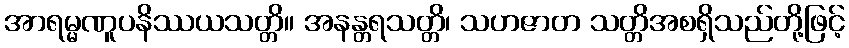
အာရမ္မဏူပနိဿယသတ္တိ။ အနန္တရသတ္တိ၊ သဟဇာတ သတ္တိအစရှိသည်တို့ဖြင့်